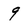
Character: 9